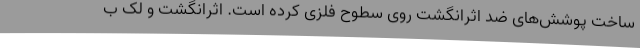
ساخت پوشش‌های ضد اثرانگشت روی سطوح فلزی کرده است. اثرانگشت و لک ب